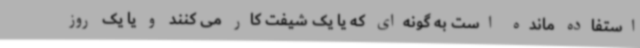
استفاده مانده است به گونه‌ای که یا یک شیفت کار می کنند و یا یک روز